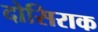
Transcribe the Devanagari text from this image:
दोसिराक